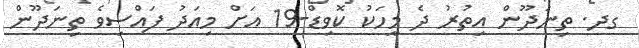
ގދ. ތިނަދޫން އިތުރު ދެ މީހަކު ކޮވިޑް-19 އަށް މިއަދު ފައްސިވެ ތިނަދޫން